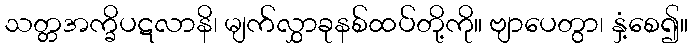
သတ္တအက္ခိပဋလာနိ၊ မျက်လွှာခုနစ်ထပ်တို့ကို။ ဗျာပေတွာ၊ နှံ့စေ၍။